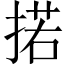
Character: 掿